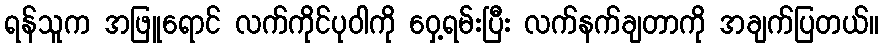
ရန်သူက အဖြူရောင် လက်ကိုင်ပုဝါကို ဝှေ့ရမ်းပြီး လက်နက်ချတာကို အချက်ပြတယ်။